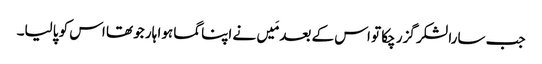
جب سارا لشکر گزر چکا تو اس کے بعد مَیں نے اپناگما ہوا ہار جو تھا اس کو پالیا۔